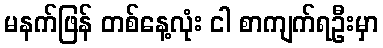
မနက်ဖြန် တစ်နေ့လုံး ငါ စာကျက်ရဦးမှာ